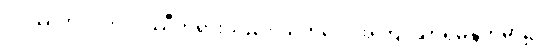
ဝိပဿိဘဂဝါ၊ ဝိပဿီဘုရားသည်။ ယကပ္ပေ၊ အကြင်သာရမန္တကမ္ဘာ၌။